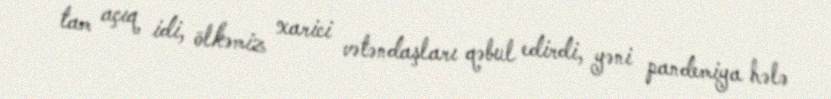
tam açıq idi, ölkəmiz xarici vətəndaşları qəbul edirdi, yəni pandemiya hələ